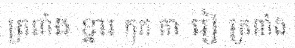
ត្រពាំង ខ្នារ កុក តា រៀ ត្រពាំង